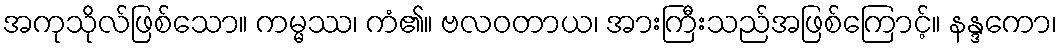
အကုသိုလ်ဖြစ်သော။ ကမ္မဿ၊ ကံ၏။ ဗလဝတာယ၊ အားကြီးသည်အဖြစ်ကြောင့်။ နန္ဒကော၊